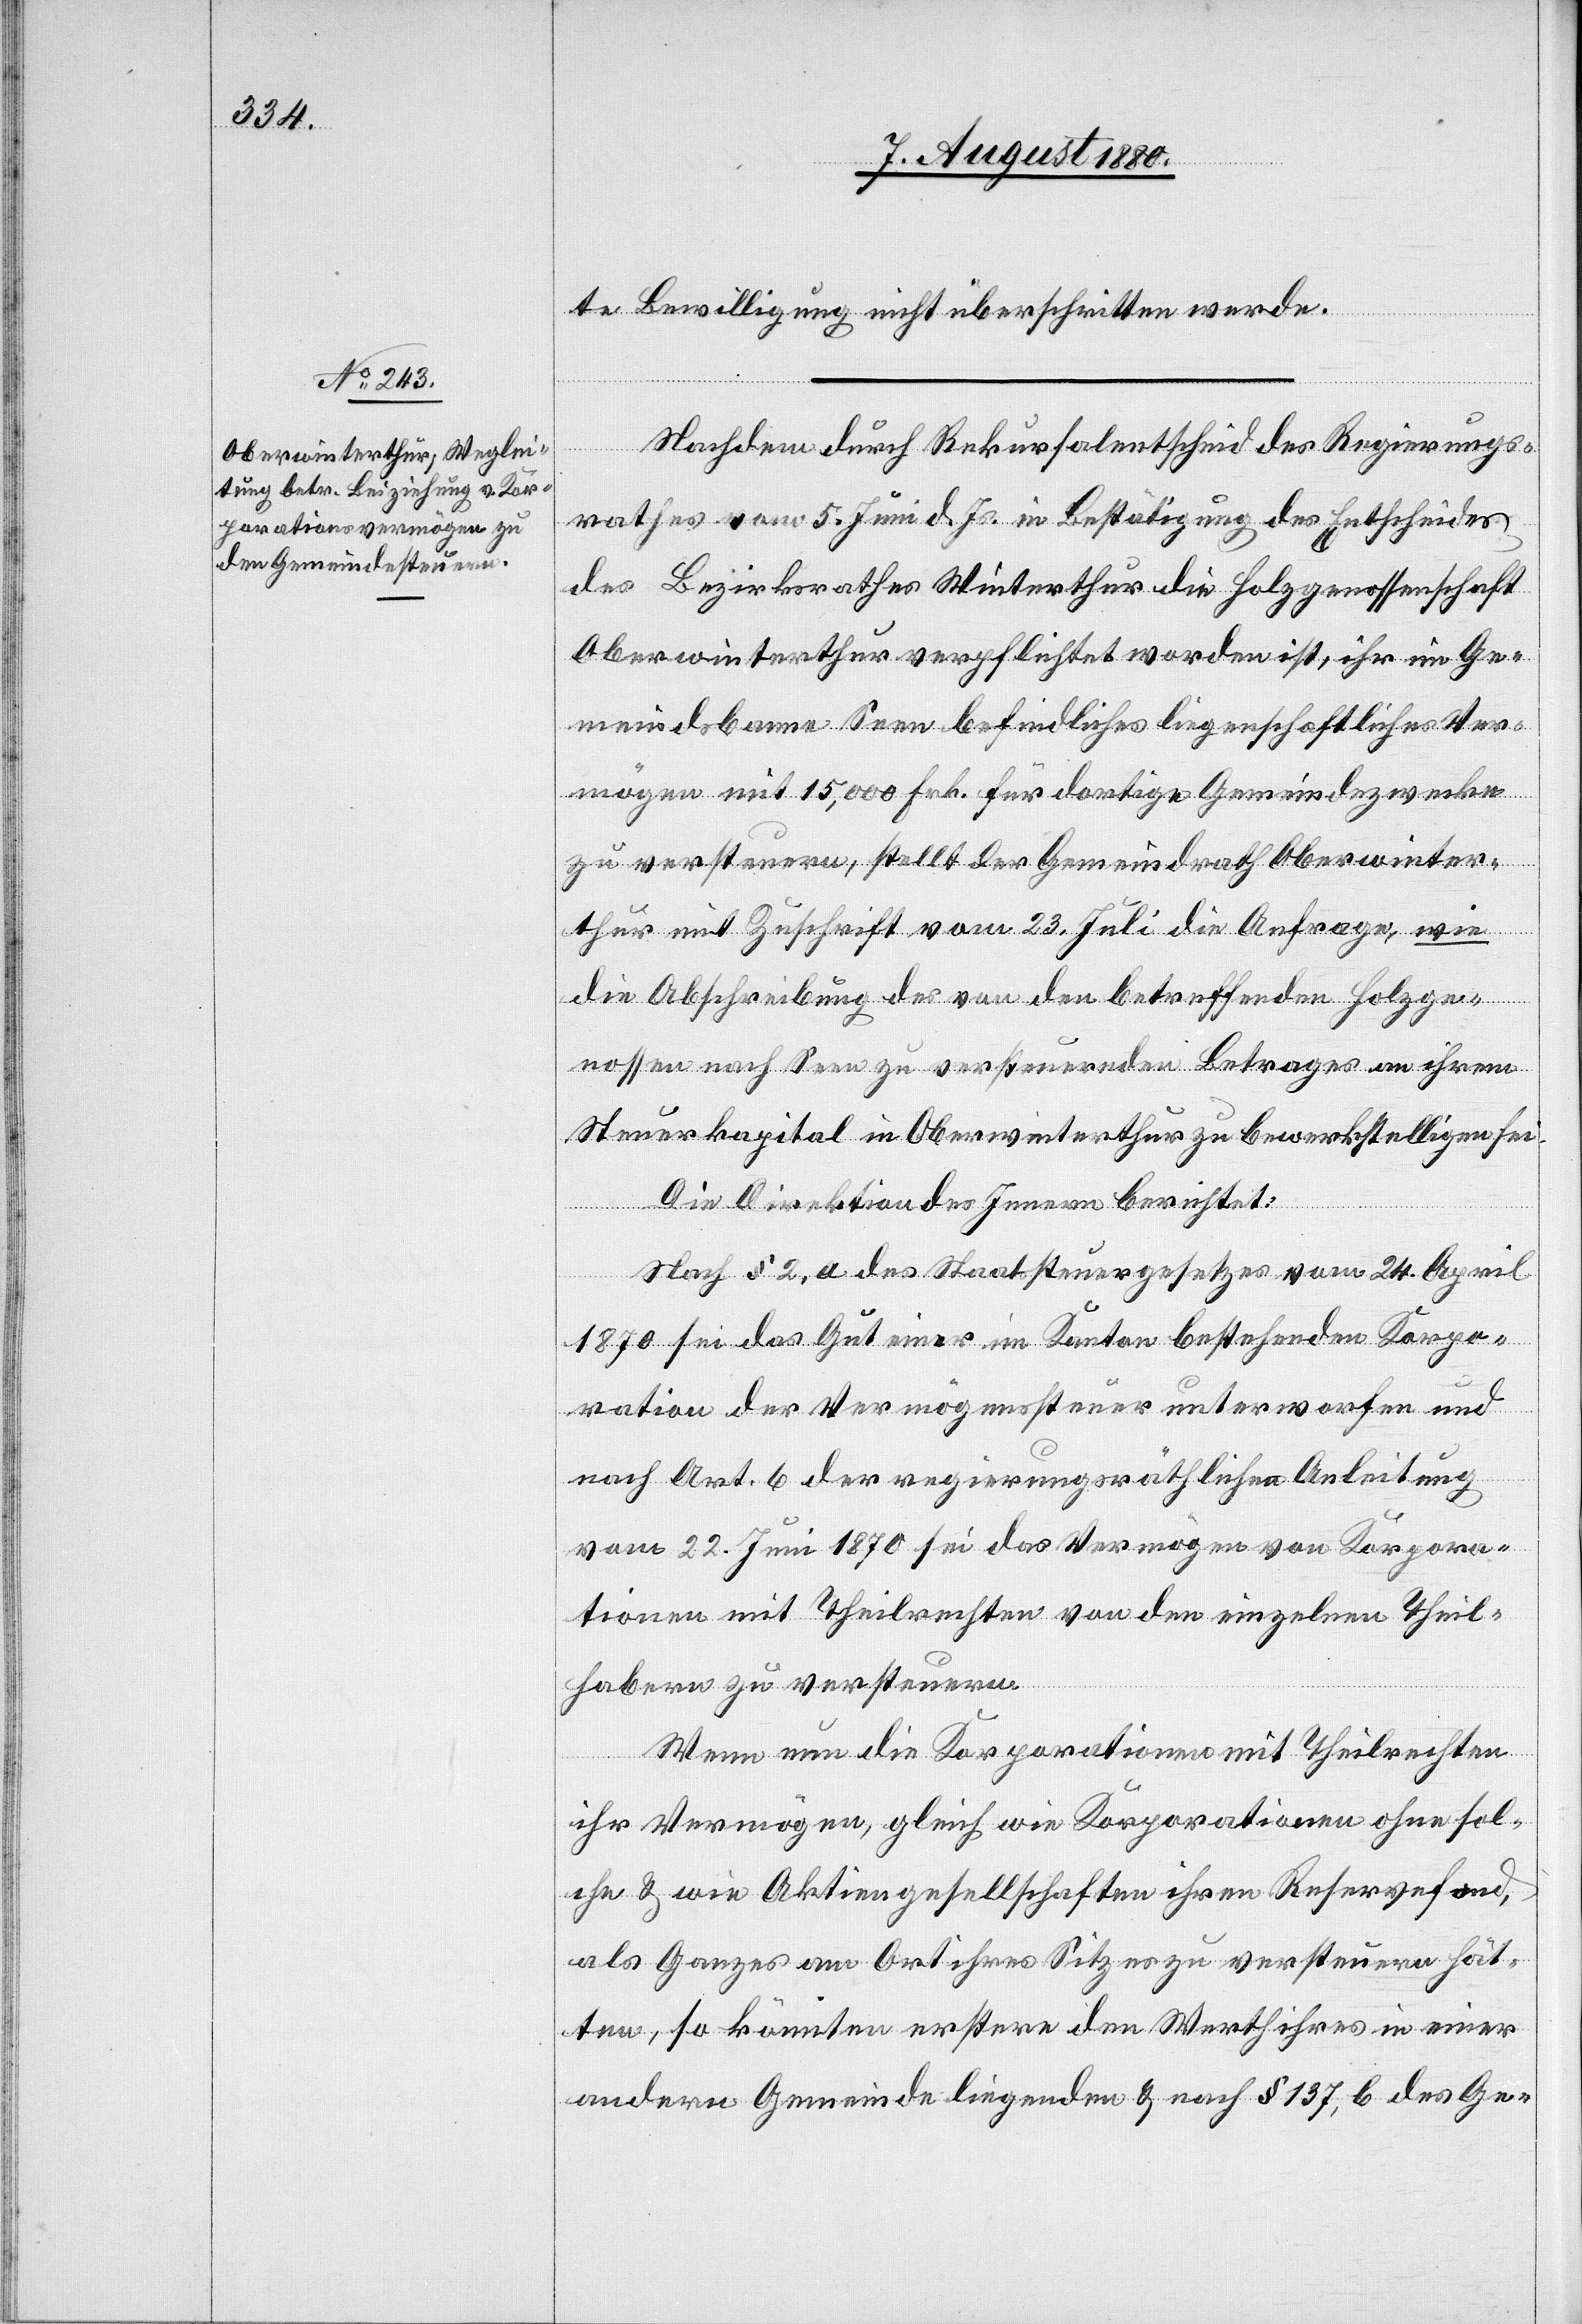
te Bewilligung nicht überschritten werde.
Nachdem durch Rekursalentscheid des Regierungs¬
rathes vom 5. Juni d. Js. in Bestätigung des Entscheides
des Bezirksrathes Winterthur die Holzgenossenschaft
Oberwinterthur verpflichtet worden ist, ihr im Ge¬
meindsbanne Seen befindliches liegenschaftliches Ver¬
mögen mit 15,000 Frk. für dortige Gemeindezwecke
zu versteuern, stellt der Gemeindrath Oberwinter¬
thur mit Zuschrift vom 23. Juli die Anfrage, wie
die Abschreibung des von den betreffenden Holzge¬
nossen nach Seen zu versteuernden Betrages an ihrem
Steuerkapital in Oberwinterthur zu bewerkstelligen sei.
Die Direktion des Innern berichtet:
Nach § 2, a des Staatssteuergesetzes vom 24. April
1870 sei das Gut einer im Kanton bestehenden Korpo¬
ration der Vermögenssteuer unterworfen und
nach Art. 6 der regierungsräthlichen Anleitung
vom 22. Juni 1870 sei das Vermögen von Korpora¬
tionen mit Theilrechten von den einzelnen Theil¬
habern zu versteuern.
Wenn nun die Korporationen mit Theilrechten
ihr Vermögen, gleich wie Korporationen ohne sol¬
che & wie Aktiengesellschaften ihren Reservefond,
als Ganzes am Ort ihres Sitzes zu versteuern hät¬
ten, so könnten erstere den Werth ihres in einer
andern Gemeinde liegenden & nach § 137, b des Ge-